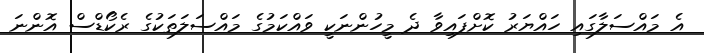
އެ މައްސަލާގައި ހައްޔަރު ކޮށްފައިވާ ދެ މީހުންނަކީ ވައްކަމުގެ މައްސަލަތަކުގެ ރެކޯޑްސް އޮންނަ